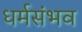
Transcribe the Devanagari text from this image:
धर्मसंभव